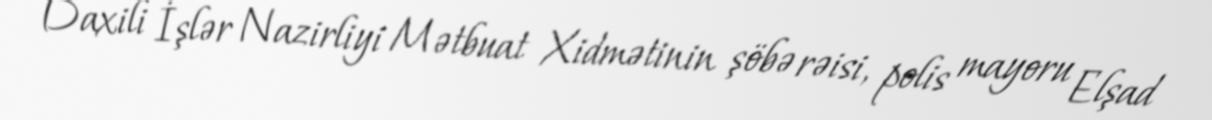
Daxili İşlər Nazirliyi Mətbuat Xidmətinin şöbə rəisi, polis mayoru Elşad